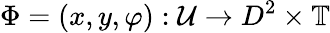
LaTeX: \Phi=(x,y,\varphi):\mathcal{U}\to D^{2}\times\mathbb{T}